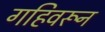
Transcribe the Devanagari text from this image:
गहिवरून